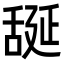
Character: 𦧝